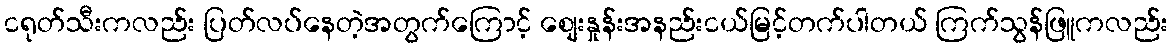
ငရုတ်သီးကလည်း ပြတ်လပ်နေတဲ့အတွက်ကြောင့် စျေးနှုန်းအနည်းငယ်မြင့်တက်ပါတယ် ကြက်သွန်ဖြူကလည်း